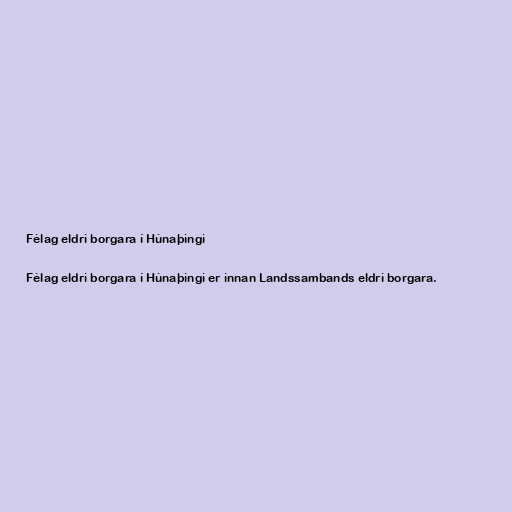
Félag eldri borgara í Húnaþingi

Félag eldri borgara í Húnaþingi er innan Landssambands eldri borgara.